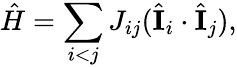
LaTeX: \hat{H}=\sum_{i<j}J_{ij}(\hat{\mathbf{I}}_{i}\cdot\hat{\mathbf{I}}_{j}),